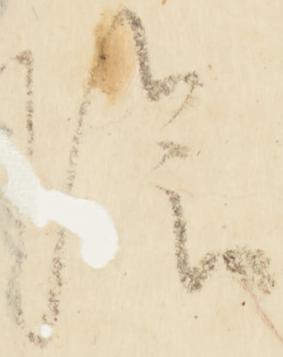
陰